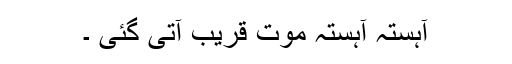
آہستہ آہستہ موت قریب آتی گئی ۔